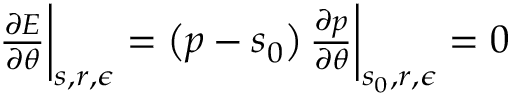
\begin{array} { r } { \frac { \partial E } { \partial \theta } \bigg | _ { s , r , \epsilon } = \left( p - s _ { 0 } \right) \frac { \partial p } { \partial \theta } \bigg | _ { s _ { 0 } , r , \epsilon } = 0 } \end{array}